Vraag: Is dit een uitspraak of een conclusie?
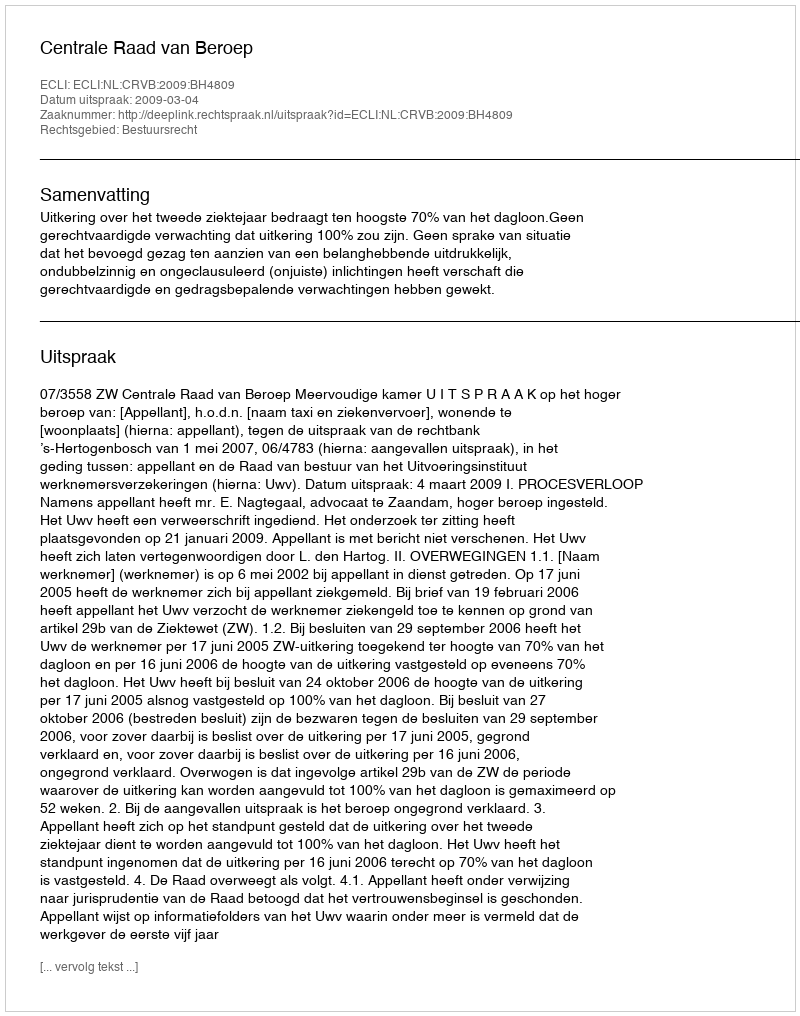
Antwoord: Uitspraak